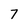
Character: 7